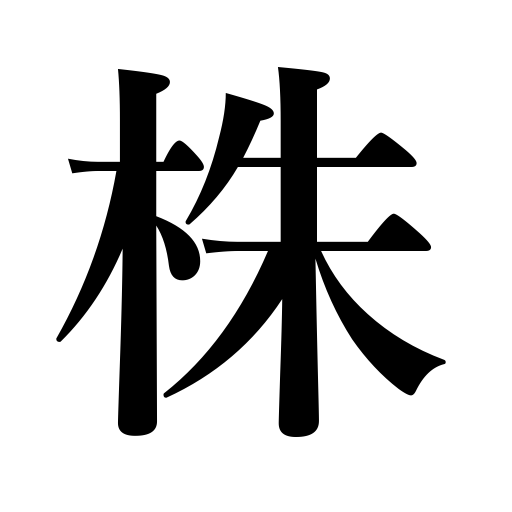
Meanings: shares,stump,stocks,business,counter for small plants,connections